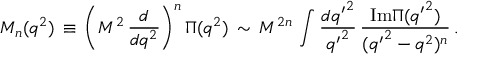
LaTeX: { \cal { M } } _ { n } ( q ^ { 2 } ) \, \equiv \, \bigg ( M ^ { 2 } \, \frac { d } { d q ^ { 2 } } \bigg ) ^ { n } \, \Pi ( q ^ { 2 } ) \, \sim \, M ^ { 2 n } \, \int \frac { d { q ^ { \prime } } ^ { 2 } } { { q ^ { \prime } } ^ { 2 } } \, \frac { { \mathrm { I m } } \Pi ( { q ^ { \prime } } ^ { 2 } ) } { ( { q ^ { \prime } } ^ { 2 } - q ^ { 2 } ) ^ { n } } \, .